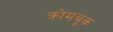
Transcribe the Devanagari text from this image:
क्रोमबूक